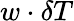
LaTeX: w\cdot\delta T